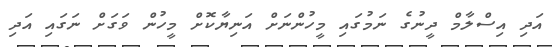
އަދި އިސްލާމް ދީނުގެ ނަމުގައި މީހުންނަށް އަނިޔާކޮށް މީހުން ވަގަށް ނަގައި އަދި